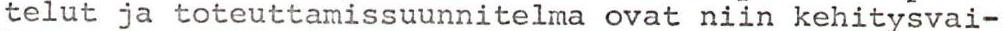
telut ja toteuttamissuunnitelma ovat niin kehitysvai-